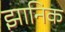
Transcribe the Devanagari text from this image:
झानिक